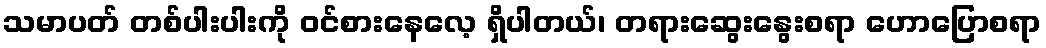
သမာပတ် တစ်ပါးပါးကို ဝင်စားနေလေ့ ရှိပါတယ်၊ တရားဆွေးနွေးစရာ ဟောပြောစရာ